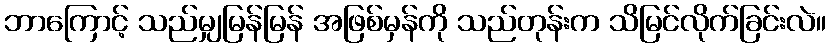
ဘာကြောင့် သည်မျှမြန်မြန် အဖြစ်မှန်ကို သည်တုန်းက သိမြင်လိုက်ခြင်းလဲ။